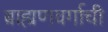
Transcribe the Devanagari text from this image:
ब्राह्मणवर्गाची